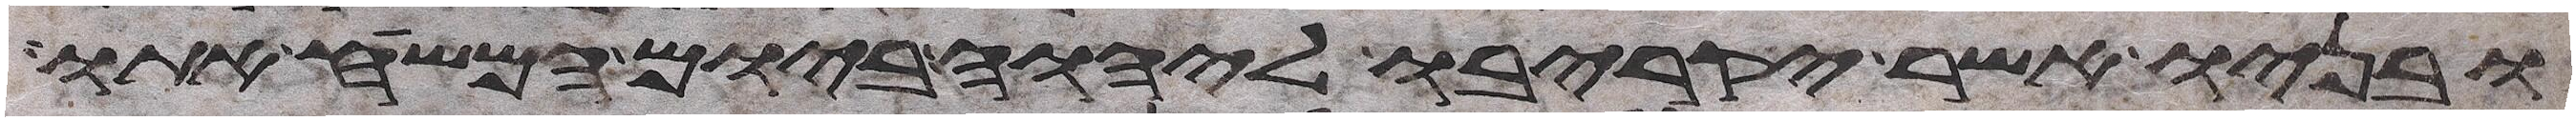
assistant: ובניו אשר יקריבו ליהוה ביום המשיח אתו